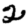
Digit: 2